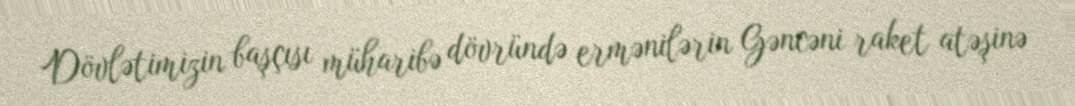
Dövlətimizin başçısı müharibə dövründə ermənilərin Gəncəni raket atəşinə